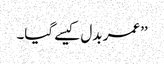
’’عمر بدل کیسے گیا۔